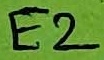
Text: E2